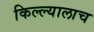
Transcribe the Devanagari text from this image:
किल्ल्यालाच